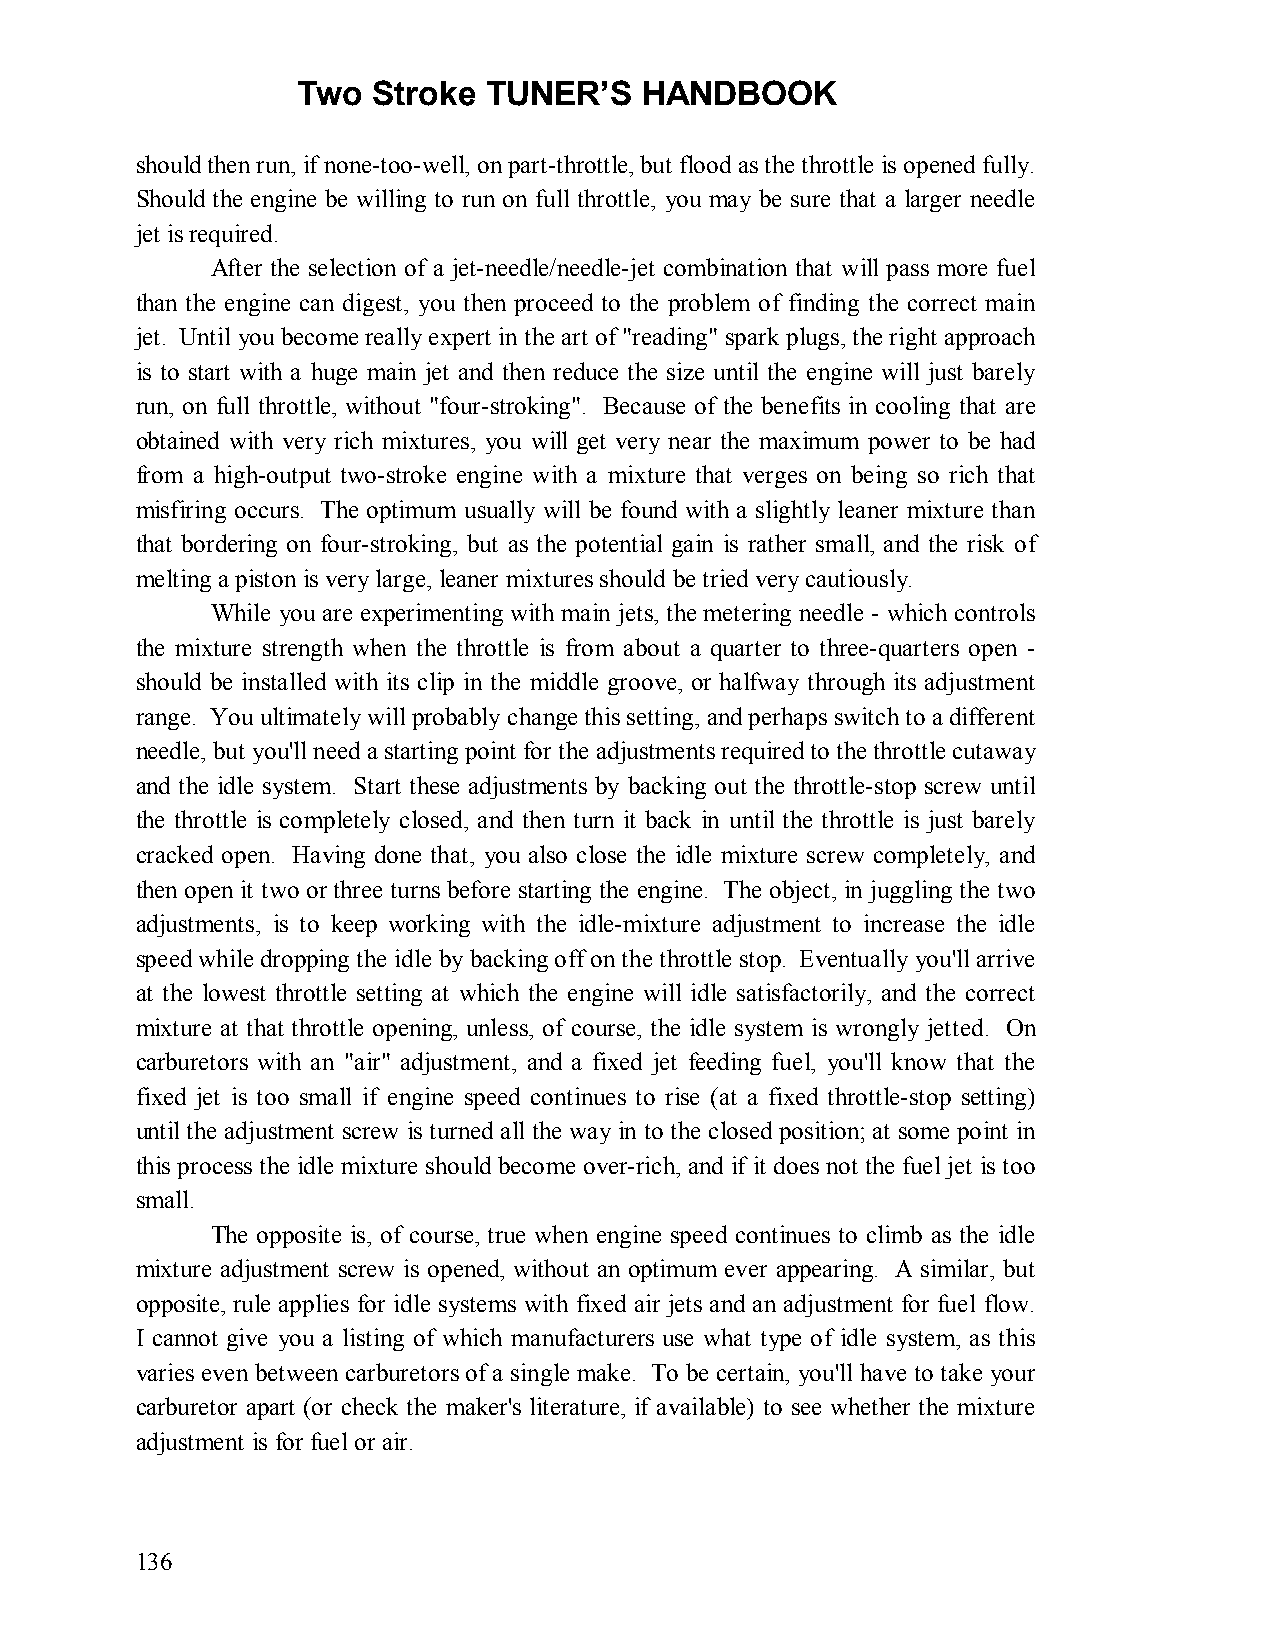
Two  Stroke TUNER’S   HANDBOOK
 should then run, if none-too-well, on part-throttle, but flood as the throttle is opened fully.
 Should the engine be willing to run on full throttle, you may be sure that a larger needle
 jet is required.
 After the selection of a jet-needle/needle-jet combination that will pass more fuel
 than the engine can digest, you then proceed to the problem of finding the correct main
 jet. Until you become really expert in the art of "reading" spark plugs, the right approach
 is to start with a huge main jet and then reduce the size until the engine will just barely
 run, on full throttle, without "four-stroking". Because of the benefits in cooling that are
 obtained with very rich mixtures, you will get very near the maximum power to be had
 from a high-output two-stroke engine with a mixture that verges on being so rich that
 misfiring occurs. The optimum usually will be found with a slightly leaner mixture than
 that bordering on four-stroking, but as the potential gain is rather small, and the risk of
 melting a piston is very large, leaner mixtures should be tried very cautiously.
 While you are experimenting with main jets, the metering needle - which controls
 the mixture strength when the throttle is from about a quarter to three-quarters open -
 should be installed with its clip in the middle groove, or halfway through its adjustment
 range. You ultimately will probably change this setting, and perhaps switch to a different
 needle, but you'll need a starting point for the adjustments required to the throttle cutaway
 and the idle system. Start these adjustments by backing out the throttle-stop screw until
 the throttle is completely closed, and then turn it back in until the throttle is just barely
 cracked open. Having done that, you also close the idle mixture screw completely, and
 then open it two or three turns before starting the engine. The object, in juggling the two
 adjustments, is to keep working with the idle-mixture adjustment to increase the idle
 speed while dropping the idle by backing off on the throttle stop. Eventually you'll arrive
 at the lowest throttle setting at which the engine will idle satisfactorily, and the correct
 mixture at that throttle opening, unless, of course, the idle system is wrongly jetted. On
 carburetors with an "air" adjustment, and a fixed jet feeding fuel, you'll know that the
 fixed jet is too small if engine speed continues to rise (at a fixed throttle-stop setting)
 until the adjustment screw is turned all the way in to the closed position; at some point in
 this process the idle mixture should become over-rich, and if it does not the fuel jet is too
 small.
 The opposite is, of course, true when engine speed continues to climb as the idle
 mixture adjustment screw is opened, without an optimum ever appearing. A similar, but
 opposite, rule applies for idle systems with fixed air jets and an adjustment for fuel flow.
 I cannot give you a listing of which manufacturers use what type of idle system, as this
 varies even between carburetors of a single make. To be certain, you'll have to take your
 carburetor apart (or check the maker's literature, if available) to see whether the mixture
 adjustment is for fuel or air.
 136